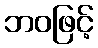
ဘဝဖြင့်